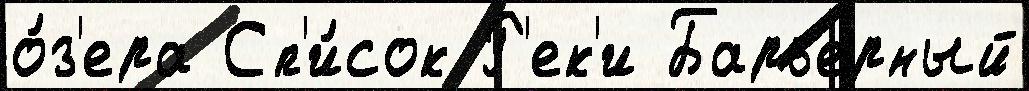
о́з'ера Сп'и́сок Р'ек'и Барьерный